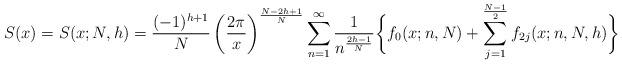
LaTeX: \begin{align*}S(x)=S(x;N,h)=\frac{(-1)^{h+1}}{N}\left(\frac{2\pi}{x}\right)^{\frac{N-2h+1}{N}}\sum_{n=1}^{\infty}\frac{1}{n^{\frac{2h-1}{N}}}\bigg\{f_{0}(x;n,N)+\sum_{j=1}^{\frac{N-1}{2}}f_{2j}(x;n,N,h)\bigg\}\end{align*}